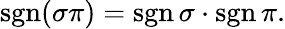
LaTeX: \operatorname{sgn}(\sigma\pi)=\operatorname{sgn}\sigma\cdot\operatorname{sgn}\pi.